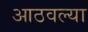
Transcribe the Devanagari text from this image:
आठवल्या